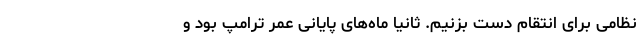
نظامی برای انتقام دست بزنیم. ثانیاً ماه‌های پایانی عمر ترامپ بود و